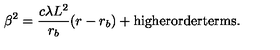
\beta ^ { 2 } = \frac { c \lambda L ^ { 2 } } { r _ { b } } ( r - r _ { b } ) + \mathrm { h i g h e r o r d e r t e r m s } .